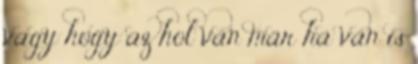
vagy hogy az hol van már ha van is